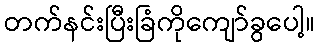
တက်နင်းပြီးခြံကိုကျော်ခွပေါ့။